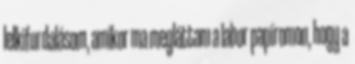
lelkifurdalásom, amikor ma megláttam a labor papíromon, hogy a